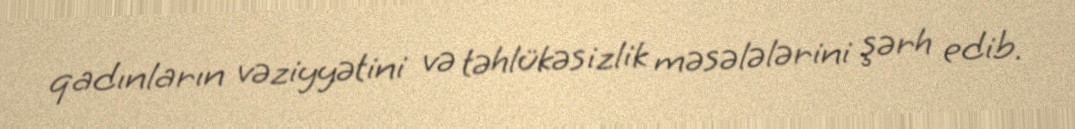
qadınların vəziyyətini və təhlükəsizlik məsələlərini şərh edib.